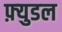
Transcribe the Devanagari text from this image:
फ़्युडल